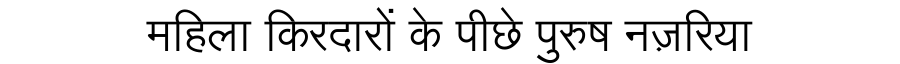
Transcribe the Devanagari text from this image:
महिला किरदारों के पीछे पुरुष नज़रिया